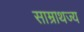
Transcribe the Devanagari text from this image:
साम्राथज्य